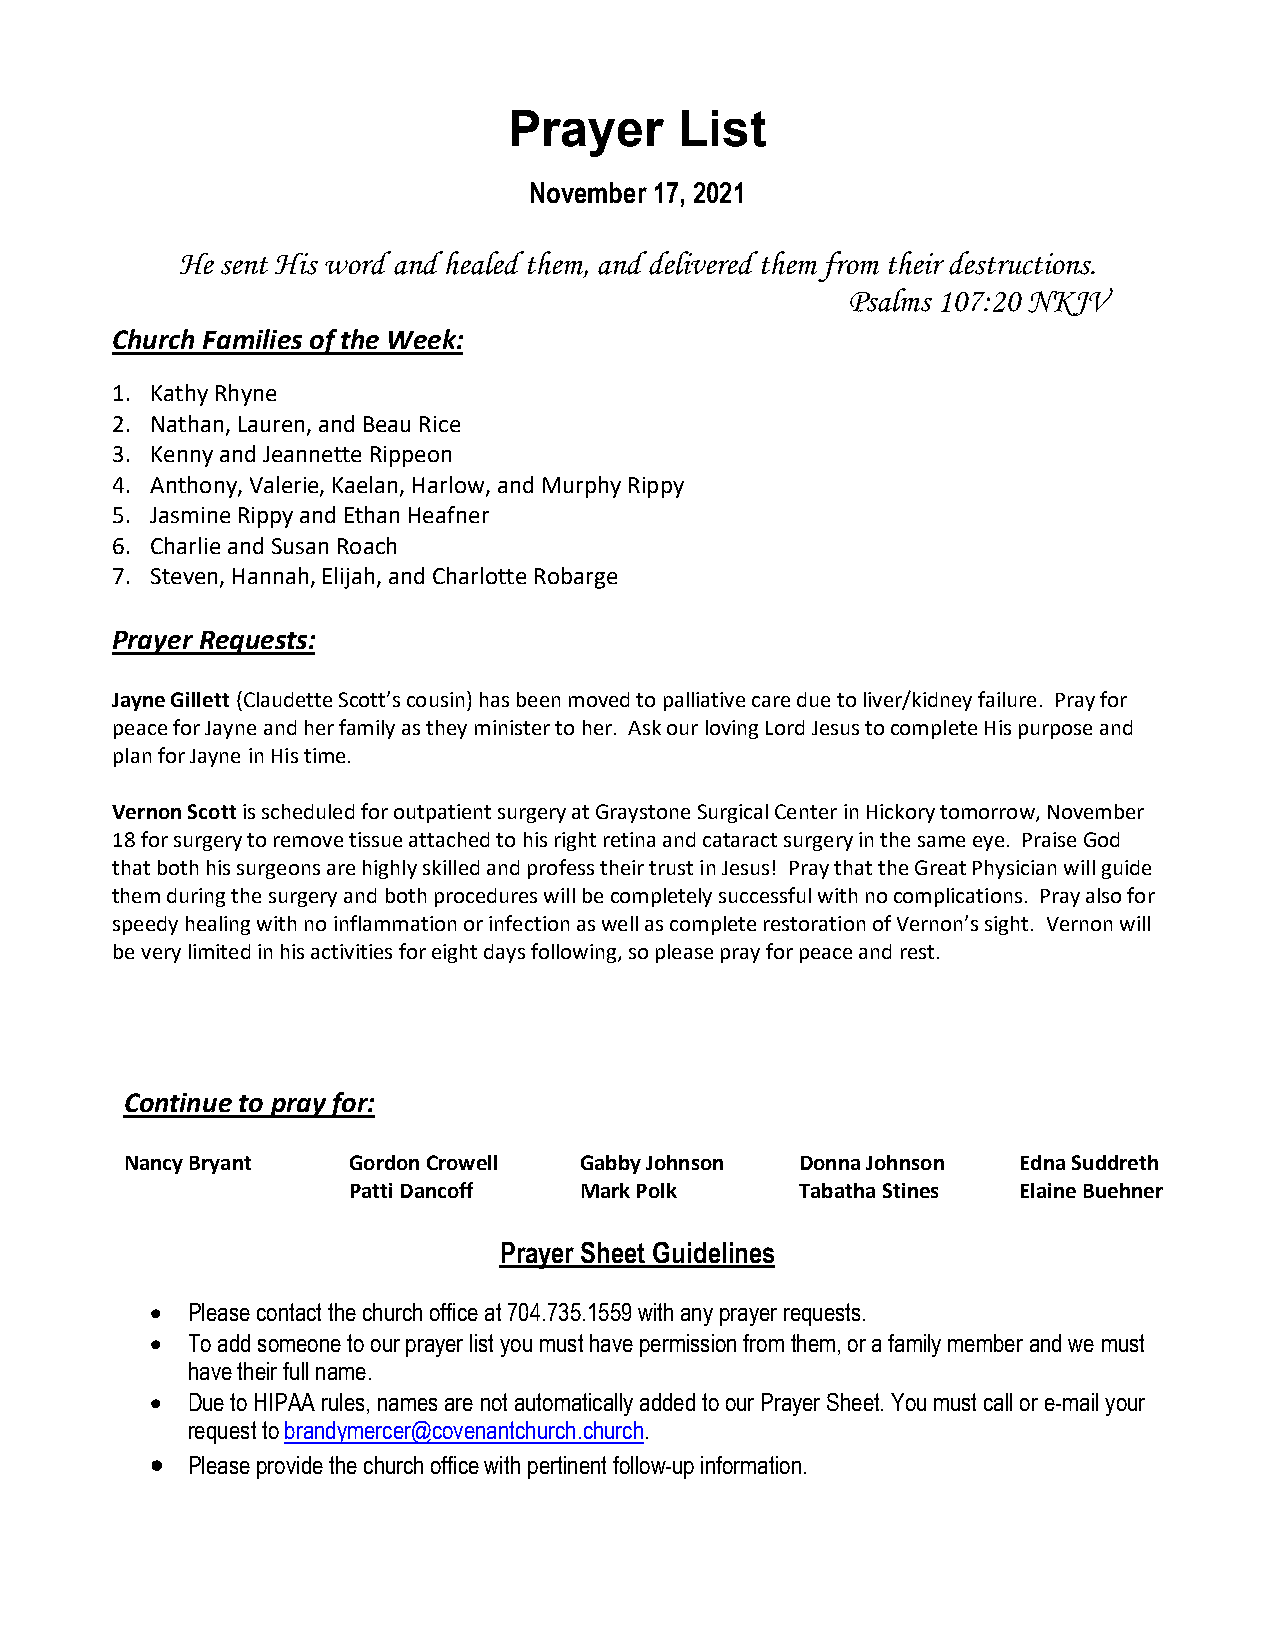
Prayer     List
 November 17, 2021
 He sent His word and healed them, and delivered them from their destructions.
 Psalms 107:20 NKJV
 Church Families of the Week:
 1. Kathy Rhyne
 2. Nathan, Lauren, and Beau Rice
 3. Kenny and Jeannette Rippeon
 4. Anthony, Valerie, Kaelan, Harlow, and Murphy Rippy
 5. Jasmine Rippy and Ethan Heafner
 6. Charlie and Susan Roach
 7. Steven, Hannah, Elijah, and Charlotte Robarge
 Prayer Requests:
 Jayne Gillett (Claudette Scott’s cousin) has been moved to palliative care due to liver/kidney failure. Pray for
 peace for Jayne and her family as they minister to her. Ask our loving Lord Jesus to complete His purpose and
 plan for Jayne in His time.
 Vernon Scott is scheduled for outpatient surgery at Graystone Surgical Center in Hickory tomorrow, November
 18 for surgery to remove tissue attached to his right retina and cataract surgery in the same eye. Praise God
 that both his surgeons are highly skilled and profess their trust in Jesus! Pray that the Great Physician will guide
 them during the surgery and both procedures will be completely successful with no complications. Pray also for
 speedy healing with no inflammation or infection as well as complete restoration of Vernon’s sight. Vernon will
 be very limited in his activities for eight days following, so please pray for peace and rest.
 Continue to pray for:
 Nancy Bryant   Gordon Crowell Gabby Johnson  Donna Johnson Edna Suddreth
 Patti Dancoff  Mark Polk      Tabatha Stines Elaine Buehner
 Prayer Sheet Guidelines
 • Please contact the church office at 704.735.1559 with any prayer requests.
 • To add someone to our prayer list you must have permission from them, or a family member and we must
 have their full name.
 • Due to HIPAA rules, names are not automatically added to our Prayer Sheet. You must call or e-mail your
 request to brandymercer@covenantchurch.church.
 • Please provide the church office with pertinent follow-up information.